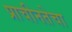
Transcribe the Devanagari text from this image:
प्राचीनतेचा